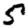
Digit: 5